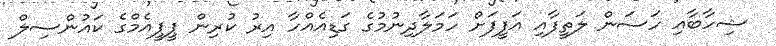
ޝިހާބާއި ހަސަން ލަތީފާއި އަފީފަށް ހަމަލާދިނުމުގެ ގަޑިއެއްހާ އިރު ކުރިން ޕީޕީއެމްގެ ކައުންސިލް